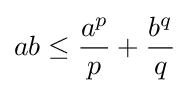
ab\leq {\frac {a^{p}}{p}}+{\frac {b^{q}}{q}}